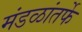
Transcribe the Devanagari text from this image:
मंडळांतर्फे